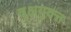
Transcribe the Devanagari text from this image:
वृक्षयुक्त